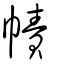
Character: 幘